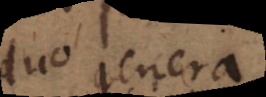
duo genera